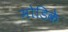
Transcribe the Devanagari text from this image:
मोडिके